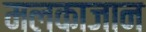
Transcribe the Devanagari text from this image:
मलकाजान